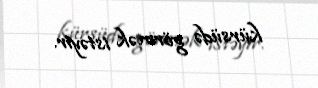
kürsüdə görmək istəyir.